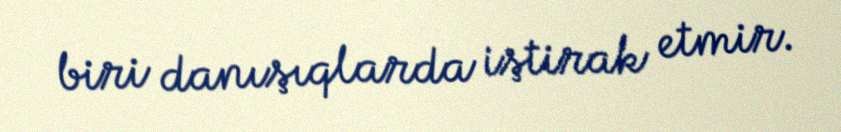
biri danışıqlarda iştirak etmir.